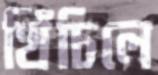
খিঁচিলে